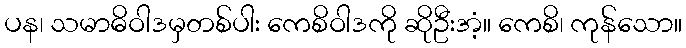
ပန၊ သမာဓိဝါဒမှတစ်ပါး ကေစိဝါဒကို ဆိုဦးအံ့။ ကေစိ၊ ကုန်သော။